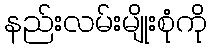
နည်းလမ်းမျိုးစုံကို